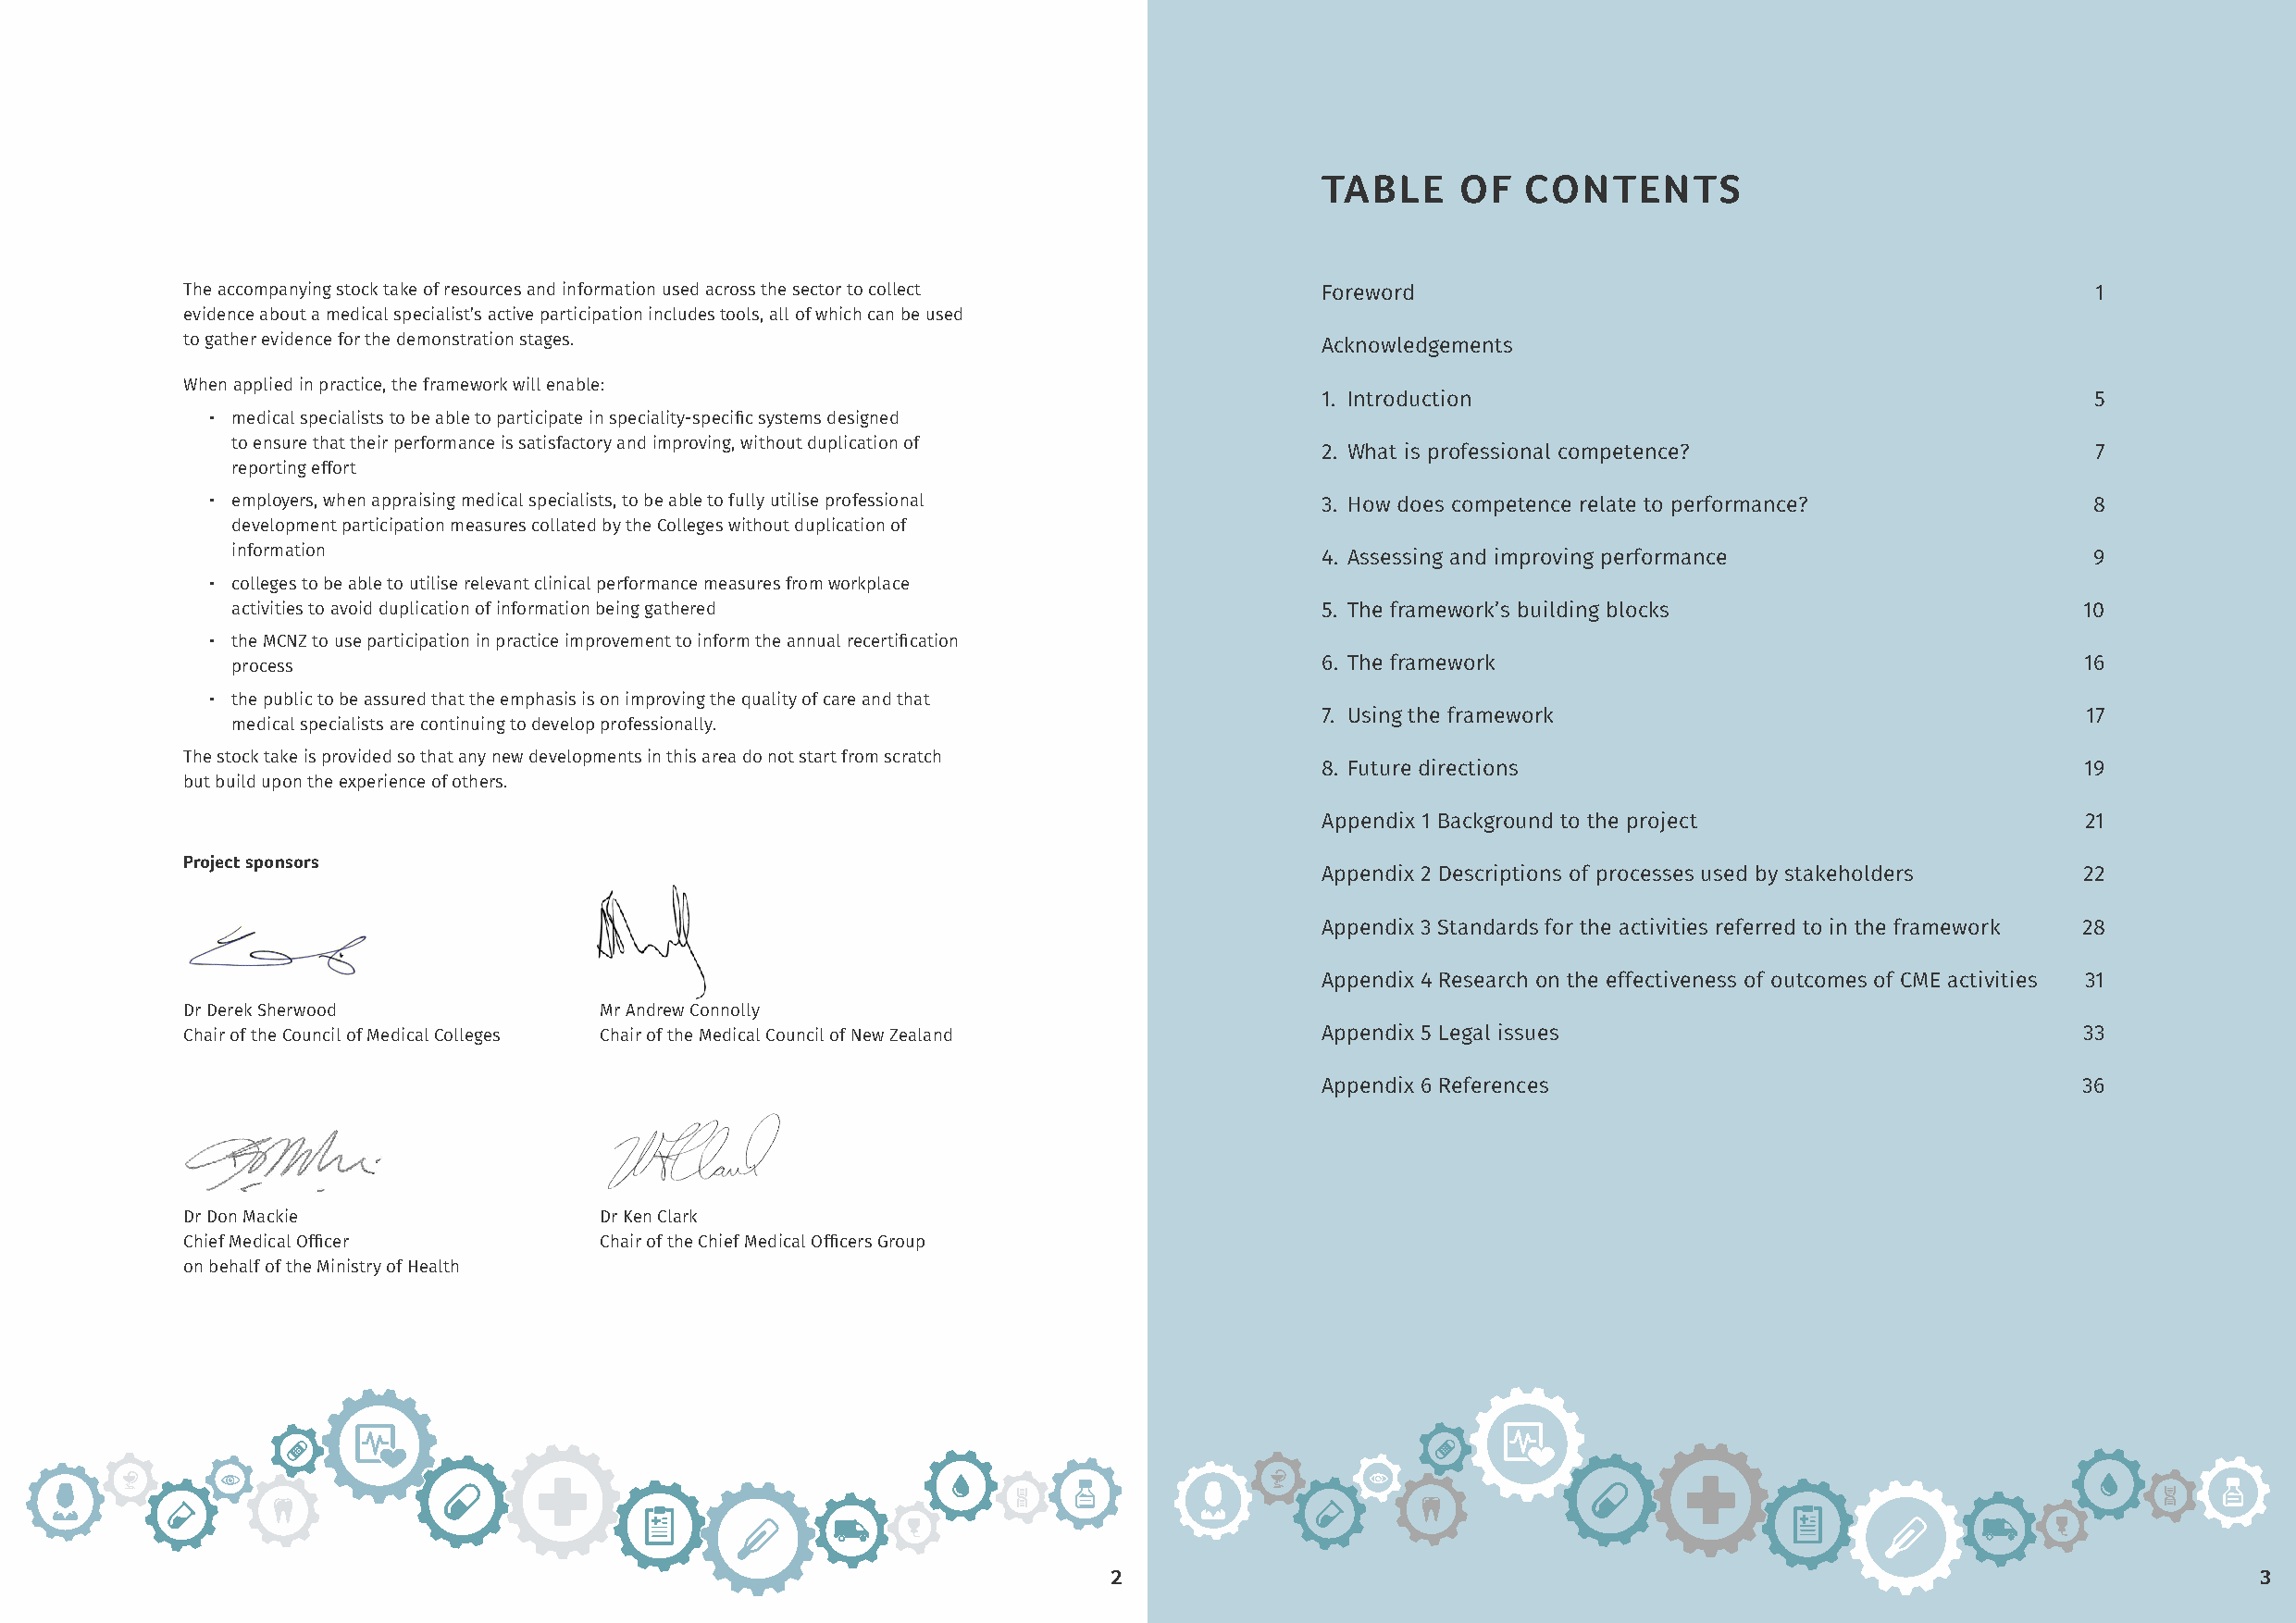
TABLE    OF   CONTENTS
 The accompanying stock take of resources and information used across the sector to collect Foreword                                      1
 evidence about a medical specialist’s active participation includes tools, all of which can be used
 to gather evidence for the demonstration stages.                                  Acknowledgements
 When applied in practice, the framework will enable:
 1. Introduction                                        5
 • medical specialists to be able to participate in speciality-specific systems designed
 to ensure that their performance is satisfactory and improving, without duplication of
 2. What is professional competence?                    7
 reporting effort
 • employers, when appraising medical specialists, to be able to fully utilise professional 3. How does competence relate to performance? 8
 development participation measures collated by the Colleges without duplication of
 information                                                                   4. Assessing and improving performance                 9
 • colleges to be able to utilise relevant clinical performance measures from workplace
 activities to avoid duplication of information being gathered                 5. The framework’s building blocks                    10
 • the MCNZ to use participation in practice improvement to inform the annual recertification
 process                                                                       6. The framework                                      16
 • the public to be assured that the emphasis is on improving the quality of care and that
 7. Using the framework                                17
 medical specialists are continuing to develop professionally.
 The stock take is provided so that any new developments in this area do not start from scratch
 8. Future directions                                  19
 but build upon the experience of others.
 Appendix 1 Background to the project                  21
 Project sponsors
 Appendix 2 Descriptions of processes used by stakeholders 22
 Appendix 3 Standards for the activities referred to in the framework 28
 Appendix 4 Research on the effectiveness of outcomes of CME activities 31
 Dr Derek Sherwood             Mr Andrew Connolly
 Chair of the Council of Medical Colleges Chair of the Medical Council of New Zealand Appendix 5 Legal issues                            33
 Appendix 6 References                                 36
 Dr Don Mackie                 Dr Ken Clark
 Chief Medical Officer         Chair of the Chief Medical Officers Group
 on behalf of the Ministry of Health
 2                                                                                  33